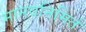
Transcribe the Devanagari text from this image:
मानवनिमिर्त